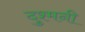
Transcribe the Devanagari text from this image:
दुश्‍मनी